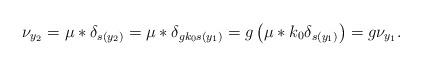
LaTeX: \begin{align*} \nu_{y_2} = \mu * \delta_{s(y_2)} = \mu * \delta_{gk_0 s(y_1)} = g \left(\mu * k_0 \delta_{ s(y_1)}\right) = g \nu_{y_1}.\end{align*}